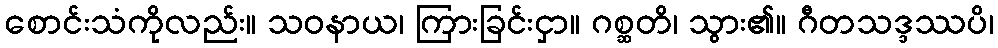
စောင်းသံကိုလည်း။ သဝနာယ၊ ကြားခြင်းငှာ။ ဂစ္ဆတိ၊ သွား၏။ ဂီတသဒ္ဒဿပိ၊